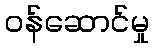
ဝန်ဆောင်မှု